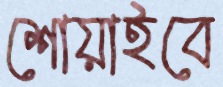
শোয়াইবে